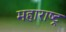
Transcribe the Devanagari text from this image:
महाराष्‍ट्र